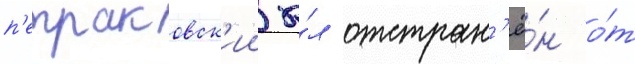
п'етраковск'ии бы́л отстран'ё́н о́т